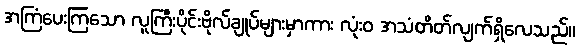
အကြံပေးကြသော လူကြီးပိုင်းဗိုလ်ချုပ်များမှာကား လုံးဝ အသံတိတ်လျက်ရှိလေသည်။